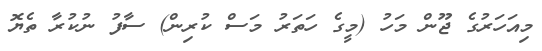
މިއަހަރުގެ ޖޫން މަހު (މީގެ ހަތަރު މަސް ކުރިން) ސާފު ނުކުރާ ތެޔޮ